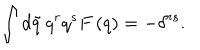
LaTeX: \int d \tilde { q } \, q ^ { r } q ^ { s } F \left( q \right) = - \delta ^ { r s } .